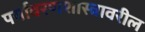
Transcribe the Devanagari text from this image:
पर्यावरणशास्त्रावरील